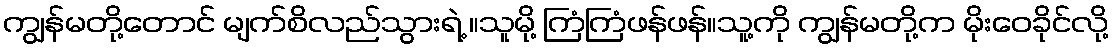
ကျွန်မတို့တောင် မျက်စိလည်သွားရဲ့ ။သူမို့ ကြံကြံဖန်ဖန်။သူ့ကို ကျွန်မတို့က မိုးဝေခိုင်လို့